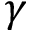
\boldsymbol { \gamma }